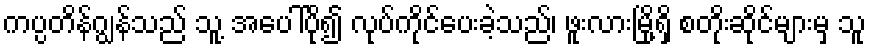
ကပ္ပတိန်ဂျွန်သည် သူ့ အပေါ်ပို၍ လုပ်ကိုင်ပေးခဲ့သည်၊ ဖူးလားမြို့ရှိ စတိုးဆိုင်များမှ သူ